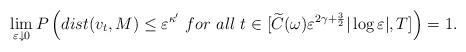
LaTeX: \begin{align*}\lim _{\varepsilon \downarrow 0}P \left( dist (v_t, M)\leq \varepsilon ^{\kappa '} \ for\ all\ t \in [\widetilde{C}(\omega)\varepsilon^{2\gamma +\frac{3}{2}} |\log \varepsilon |,T] \right) =1. \end{align*}